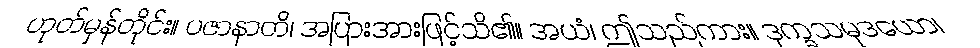
ဟုတ်မှန်တိုင်း။ ပဇာနာတိ၊ အပြားအားဖြင့်သိ၏။ အယံ၊ ဤသည်ကား။ ဒုက္ခသမုဒယော၊